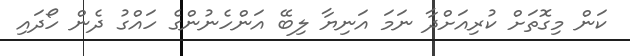
ކަން މިގޮތަށް ކުރިއަށްދާ ނަމަ އަނިޔާ ލިބޭ އަންހެނުންގެ ހައްގު ދެން ހޯދައި